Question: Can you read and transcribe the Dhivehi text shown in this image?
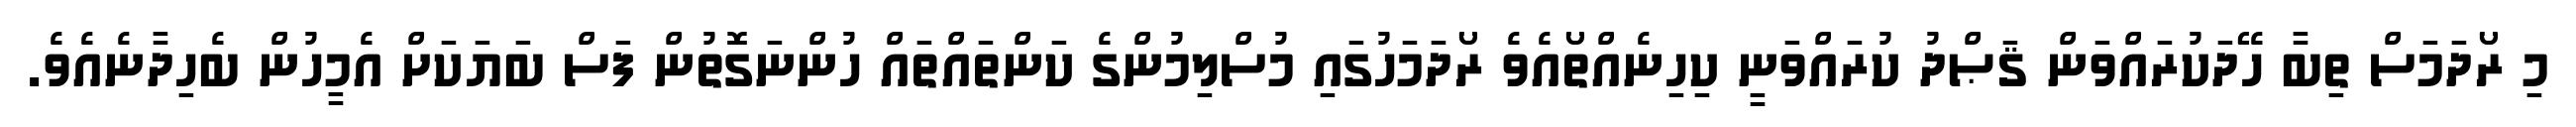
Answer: މި ރޯދަމަސް ތިބާ ހޭދަކުރައްވަން ޤަޞްދު ކުރައްވަނީ ކިހިނެއްތޯއެވެ ރޯދަމަހުގައި މުސްލިމުންގެ ކަންތައްތައް ހުންނަގޮތުން ފަސް ބަޔަކަށް އެމީހުން ބެހިދާނެއެވެ.